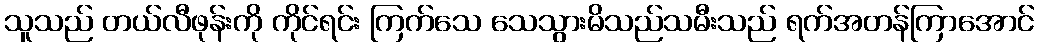
သူသည် တယ်လီဖုန်းကို ကိုင်ရင်း ကြက်သေ သေသွားမိသည်သမီးသည် ရက်အတန်ကြာအောင်